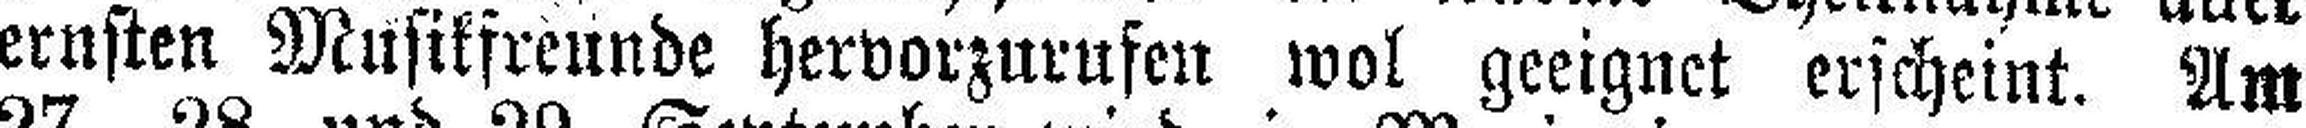
ernsten Musikfreunde hervorzurufen wol geeignet erscheint. Am